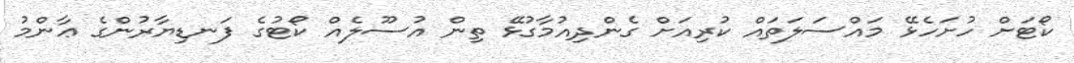
ކޯޓަށް ހުށަހެޅޭ މައްސަލަތައް ކުރިއަށް ގެންދިއުމާގުޅޭ ތިން އުސޫލެއް ކޯޓުގެ ފަނޑިޔާރުންގެ ޢާންމު